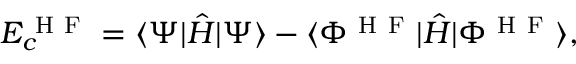
E _ { c } ^ { \mathrm { ~ H ~ F ~ } } = \langle \Psi | \hat { H } | \Psi \rangle - \langle \Phi ^ { \mathrm { ~ H ~ F ~ } } | \hat { H } | \Phi ^ { \mathrm { ~ H ~ F ~ } } \rangle ,